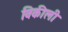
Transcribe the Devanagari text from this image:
विकीली